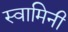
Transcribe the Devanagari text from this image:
स्‍वामिनी